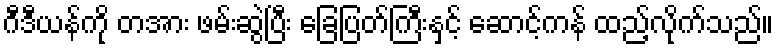
ဂီဒီယန်ကို တအား ဖမ်းဆွဲပြီး ခြေပြတ်ကြီးနှင့် ဆောင့်ကန် ထည့်လိုက်သည်။